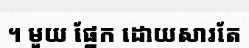
។ មួយ ផ្នែក ដោយសារតែ